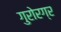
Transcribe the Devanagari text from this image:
गुरोरग्र